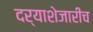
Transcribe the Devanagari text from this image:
दर्याशेजारीच